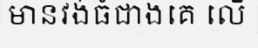
មានវង់ធំជាងគេ លើ